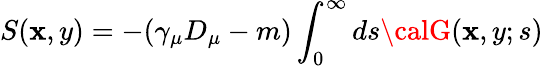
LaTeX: S(\mathbf{x},y)=-(\gamma_{\mu}D_{\mu}-m)\int_{0}^{\infty}ds{\calG}(\mathbf{x},y;s)